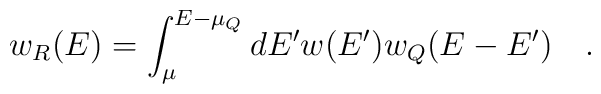
w_R(E)=\int_{\mu}^{E-\mu_Q}dE' w(E') w_Q(E-E') ~~~.